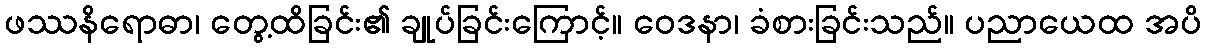
ဖဿနိရောဓာ၊ တွေ့ထိခြင်း၏ ချုပ်ခြင်းကြောင့်။ ဝေဒနာ၊ ခံစားခြင်းသည်။ ပညာယေထ အပိ